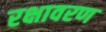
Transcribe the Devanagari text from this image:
रक्षावरण